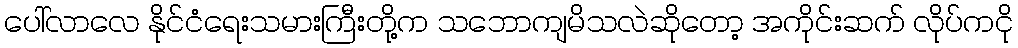
ပေါ်လာလေ နိုင်ငံရေးသမားကြီးတို့က သဘောကျမိသလဲဆိုတော့ အကိုင်းဆက် လိုပ်ကငို